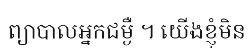
ព្យាបាលអ្នកជម្ងឺ ។ យើងខ្ញុំមិន